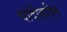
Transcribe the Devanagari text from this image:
चांदीवरील